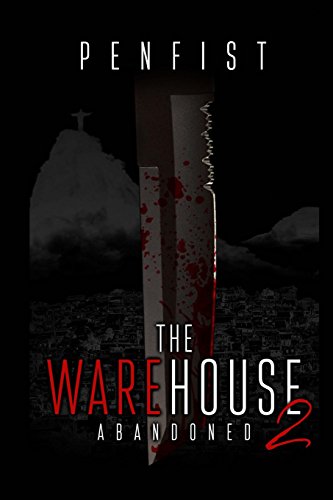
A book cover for Abandoned (The Warehouse) (Volume 2); Pen Fist; Romance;